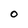
Character: O